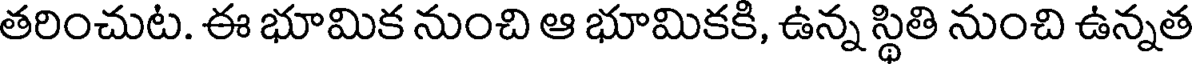
తరించుట. ఈ భూమిక నుంచి ఆ భూమికకి, ఉన్న స్థితి నుంచి ఉన్నత